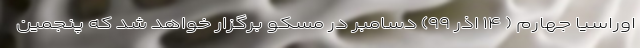
اوراسیا جهارم ( ۱۴ اذر ۹۹) دسامبر در مسکو برگزار خواهد شد که پنجمین